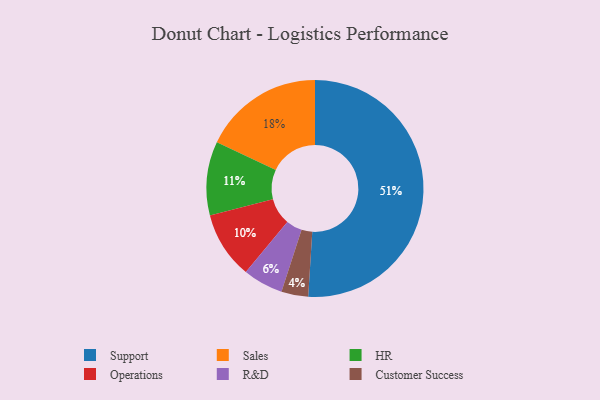
{"axis": {"x": "Category", "y": "Percentage"}, "legend": ["Customer Success", "HR", "Operations", "R&D", "Sales", "Support"], "data": [{"x": "Customer Success", "y": 4, "type": "Customer Success"}, {"x": "R&D", "y": 6, "type": "R&D"}, {"x": "Support", "y": 51, "type": "Support"}, {"x": "Operations", "y": 10, "type": "Operations"}, {"x": "HR", "y": 11, "type": "HR"}, {"x": "Sales", "y": 18, "type": "Sales"}]}